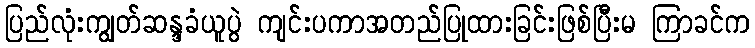
ပြည်လုံးကျွတ်ဆန္ဒခံယူပွဲ ကျင်းပကာအတည်ပြုထားခြင်းဖြစ်ပြီးမ ကြာခင်က